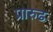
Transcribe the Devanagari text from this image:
प्रारुढ